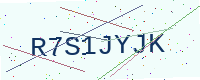
Text: R7S1JYJK